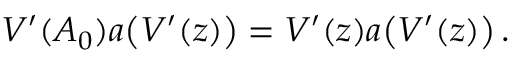
V ^ { \prime } ( A _ { 0 } ) a \bigl ( V ^ { \prime } ( z ) \bigr ) = V ^ { \prime } ( z ) a \bigl ( V ^ { \prime } ( z ) \bigr ) \, .